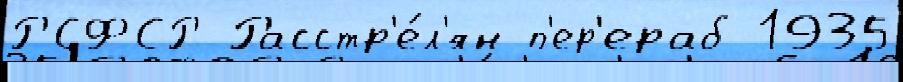
РСФСР Расстр'е́л'ян п'ер'ераб 1935